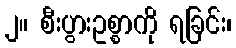
၂။ စီးပွားဥစ္စာကို ရခြင်း၊